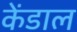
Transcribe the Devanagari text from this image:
केंडाल